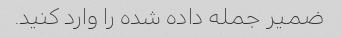
ضمیر جمله داده شده را وارد کنید.